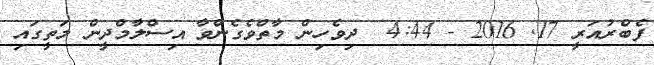
ފެބްރުއަރީ 17